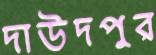
দাউদপুর